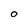
Character: O